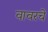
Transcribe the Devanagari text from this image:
वावरचे